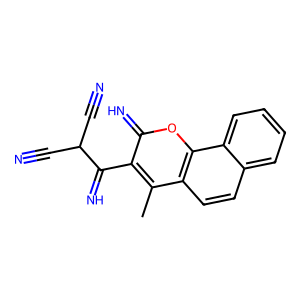
SMILES: Cc1c(C(=N)C(C#N)C#N)c(=N)oc2c1ccc1ccccc12
Inhibits HIV replication: No